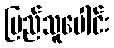
ပြည်သူပေါင်း